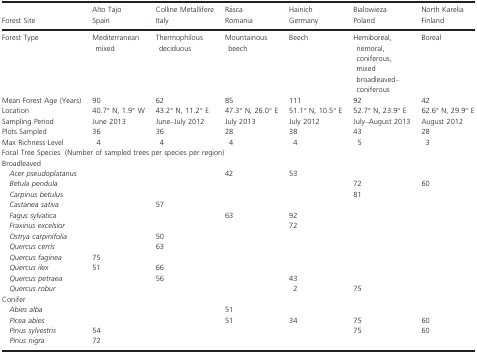
<table><thead><tr><td rowspan="2"><b>Forest Site</b></td><td><b>Alto Tajo</b></td><td><b>Colline Metallifere</b></td><td><b>Râsca</b></td><td><b>Hainich</b></td><td><b>Bialowieza</b></td><td><b>North Karelia</b></td></tr><tr><td><b>Spain</b></td><td><b>Italy</b></td><td><b>Romania</b></td><td><b>Germany</b></td><td><b>Poland</b></td><td><b>Finland</b></td></tr></thead><tbody><tr><td>Forest Type</td><td>Mediterranean mixed</td><td>Thermophilous deciduous</td><td>Mountainous beech</td><td>Beech</td><td>Hemiboreal, nemoral, coniferous, mixed broadleaved–coniferous</td><td>Boreal</td></tr><tr><td>Mean Forest Age (Years)</td><td>90</td><td>62</td><td>85</td><td>111</td><td>92</td><td>42</td></tr><tr><td>Location</td><td>40.7° N, 1.9° W</td><td>43.2° N, 11.2° E</td><td>47.3° N, 26.0° E</td><td>51.1° N, 10.5° E</td><td>52.7° N, 23.9° E</td><td>62.6° N, 29.9° E</td></tr><tr><td>Sampling Period</td><td>June 2013</td><td>June–July 2012</td><td>July 2013</td><td>July 2012</td><td>July–August 2013</td><td>August 2012</td></tr><tr><td>Plots Sampled</td><td>36</td><td>36</td><td>28</td><td>38</td><td>43</td><td>28</td></tr><tr><td>Max Richness Level</td><td>4</td><td>4</td><td>4</td><td>4</td><td>5</td><td>3</td></tr><tr><td colspan="7">Focal Tree Species (Number of sampled trees per species per region)</td></tr><tr><td colspan="7">Broadleaved</td></tr><tr><td><i>Acer pseudoplatanus</i></td><td></td><td></td><td>42</td><td>53</td><td></td><td></td></tr><tr><td><i>Betula pendula</i></td><td></td><td></td><td></td><td></td><td>72</td><td>60</td></tr><tr><td><i>Carpinus betulus</i></td><td></td><td></td><td></td><td></td><td>81</td><td></td></tr><tr><td><i>Castanea sativa</i></td><td></td><td>57</td><td></td><td></td><td></td><td></td></tr><tr><td><i>Fagus sylvatica</i></td><td></td><td></td><td>63</td><td>92</td><td></td><td></td></tr><tr><td><i>Fraxinus excelsior</i></td><td></td><td></td><td></td><td>72</td><td></td><td></td></tr><tr><td><i>Ostrya carpinifolia</i></td><td></td><td>50</td><td></td><td></td><td></td><td></td></tr><tr><td><i>Quercus cerris</i></td><td></td><td>63</td><td></td><td></td><td></td><td></td></tr><tr><td><i>Quercus faginea</i></td><td>75</td><td></td><td></td><td></td><td></td><td></td></tr><tr><td><i>Quercus ilex</i></td><td>51</td><td>66</td><td></td><td></td><td></td><td></td></tr><tr><td><i>Quercus petraea</i></td><td></td><td>56</td><td></td><td>43</td><td></td><td></td></tr><tr><td><i>Quercus robur</i></td><td></td><td></td><td></td><td>2</td><td>75</td><td></td></tr><tr><td colspan="7">Conifer</td></tr><tr><td><i>Abies alba</i></td><td></td><td></td><td>51</td><td></td><td></td><td></td></tr><tr><td><i>Picea abies</i></td><td></td><td></td><td>51</td><td>34</td><td>75</td><td>60</td></tr><tr><td><i>Pinus sylvestris</i></td><td>54</td><td></td><td></td><td></td><td>75</td><td>60</td></tr><tr><td><i>Pinus nigra</i></td><td>72</td><td></td><td></td><td></td><td></td><td></td></tr></tbody></table>